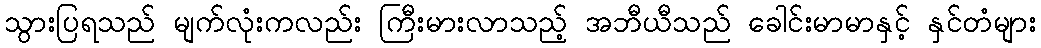
သွားပြရသည် မျက်လုံးကလည်း ကြီးမားလာသည့် အဘီယီသည် ခေါင်းမာမာနှင့် နှင်တံများ